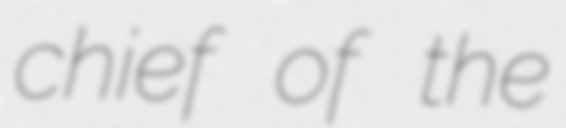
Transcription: chief of the